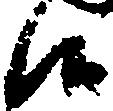
候